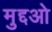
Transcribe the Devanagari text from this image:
मुद्दओ